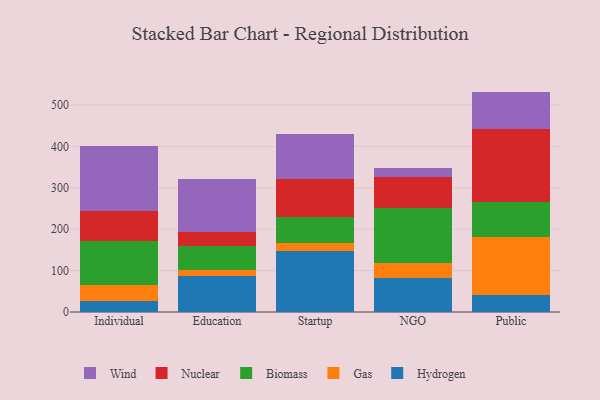
{"axis": {"x": "Segment", "y": "Shipments"}, "legend": ["Biomass", "Gas", "Hydrogen", "Nuclear", "Wind"], "data": [{"x": "Individual", "y": 25.8, "type": "Hydrogen"}, {"x": "Individual", "y": 40.4, "type": "Gas"}, {"x": "Individual", "y": 105.5, "type": "Biomass"}, {"x": "Individual", "y": 72.3, "type": "Nuclear"}, {"x": "Individual", "y": 156.6, "type": "Wind"}, {"x": "Education", "y": 86.2, "type": "Hydrogen"}, {"x": "Education", "y": 14.8, "type": "Gas"}, {"x": "Education", "y": 58.9, "type": "Biomass"}, {"x": "Education", "y": 34.3, "type": "Nuclear"}, {"x": "Education", "y": 126.2, "type": "Wind"}, {"x": "Startup", "y": 146.6, "type": "Hydrogen"}, {"x": "Startup", "y": 19.0, "type": "Gas"}, {"x": "Startup", "y": 64.5, "type": "Biomass"}, {"x": "Startup", "y": 91.3, "type": "Nuclear"}, {"x": "Startup", "y": 108.8, "type": "Wind"}, {"x": "NGO", "y": 82.2, "type": "Hydrogen"}, {"x": "NGO", "y": 36.9, "type": "Gas"}, {"x": "NGO", "y": 131.9, "type": "Biomass"}, {"x": "NGO", "y": 75.1, "type": "Nuclear"}, {"x": "NGO", "y": 21.8, "type": "Wind"}, {"x": "Public", "y": 41.4, "type": "Hydrogen"}, {"x": "Public", "y": 140.2, "type": "Gas"}, {"x": "Public", "y": 83.3, "type": "Biomass"}, {"x": "Public", "y": 176.2, "type": "Nuclear"}, {"x": "Public", "y": 91.2, "type": "Wind"}]}